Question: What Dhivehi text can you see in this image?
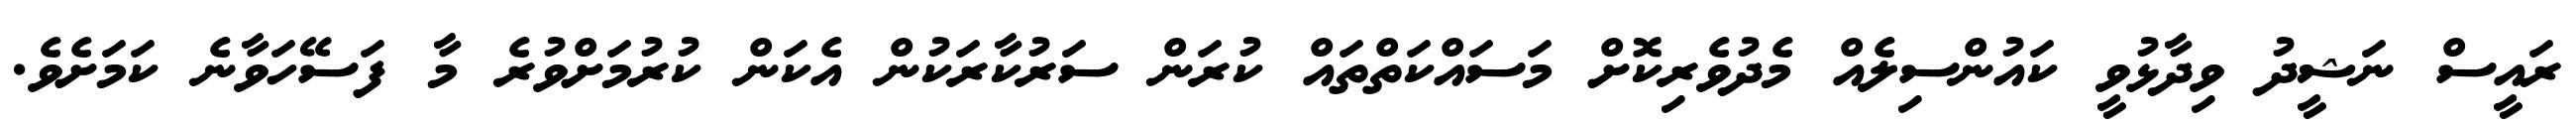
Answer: ރައީސް ނަޝީދު ވިދާޅުވީ ކައުންސިލެއް މެދުވެރިކޮށް މަސައްކަތްތައް ކުރަން ސަރުކާރަކުން އެކަން ކުރުމަށްވުރެ މާ ފަސޭހަވާނެ ކަމަށެވެ.